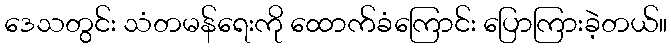
ဒေသတွင်း သံတမန်ရေးကို ထောက်ခံကြောင်း ပြောကြားခဲ့တယ်။